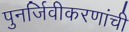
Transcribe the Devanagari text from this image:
पुनर्जिवीकरणांची